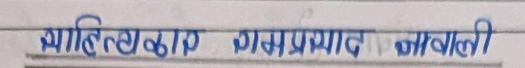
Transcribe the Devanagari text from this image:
साहित्यकार गंगाप्रसाद कोइराला